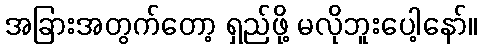
အခြားအတွက်တော့ ရှည်ဖို့ မလိုဘူးပေါ့နော်။